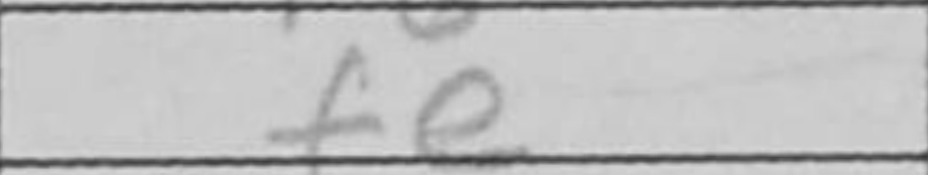
Transcription: fe